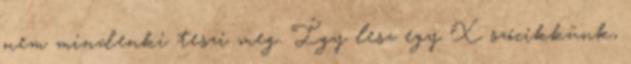
nem mindenki teszi meg. Így lesz egy X szócikkünk,